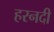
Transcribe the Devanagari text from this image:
हरनदी